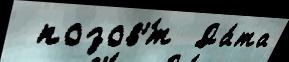
 позов'́т  Да́та